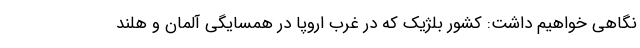
نگاهی خواهیم داشت: کشور بلژیک که در غرب اروپا در همسایگی آلمان و هلند